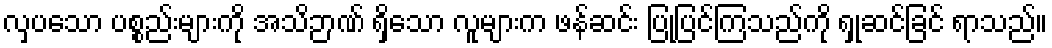
လှပသော ပစ္စည်းများကို အသိဉာဏ် ရှိသော လူများက ဖန်ဆင်း ပြုပြင်ကြသည်ကို ရှုဆင်ခြင် ရာသည်။